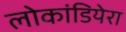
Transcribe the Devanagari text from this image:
लोकांडियेरा